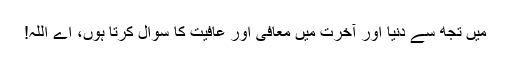
میں تجھ سے دنیا اور آخرت میں معافی اور عافیت کا سوال کرتا ہوں، اے اللہ!